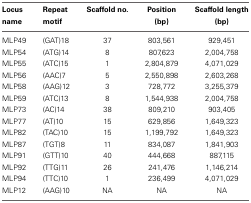
| Locus name | Repeat motif | Scaffold no. | Position (bp) | Scaffold length (bp) |
 | --- | --- | --- | --- | --- |
 | MLP49 | (GAT)18 | 37 | 803,561 | 929,451 |
 | MLP54 | (ATG)14 | 8 | 807,623 | 2,004,758 |
 | MLP55 | (ATC)15 | 1 | 2,804,879 | 4,071,029 |
 | MLP56 | (AAC)7 | 5 | 2,550,898 | 2,603,268 |
 | MLP58 | (AAG)12 | 3 | 728,772 | 3,255,379 |
 | MLP59 | (ATC)13 | 8 | 1,544,938 | 2,004,758 |
 | MLP73 | (AC)14 | 38 | 809,210 | 903,405 |
 | MLP77 | (AT)10 | 15 | 629,856 | 1,649,323 |
 | MLP82 | (TAC)10 | 15 | 1,199,792 | 1,649,323 |
 | MLP87 | (TGT)8 | 11 | 834,087 | 1,841,903 |
 | MLP91 | (GTT)10 | 40 | 444,668 | 887,115 |
 | MLP92 | (TTG)11 | 26 | 241,476 | 1,146,214 |
 | MLP94 | (TTC)10 | 1 | 236,499 | 4,071,029 |
 | MLP12 | (AAG)10 | NA | NA | NA |